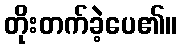
တိုးတက်ခဲ့ပေ၏။